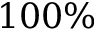
1 0 0 \%